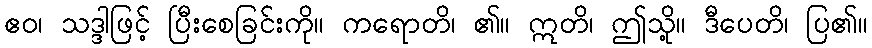
ဧဝ၊ သဒ္ဒါဖြင့် ပြီးစေခြင်းကို။ ကရောတိ၊ ၏။ ဣတိ၊ ဤသို့။ ဒီပေတိ၊ ပြ၏။